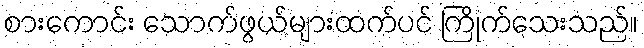
စားကောင်း သောက်ဖွယ်များထက်ပင် ကြိုက်သေးသည်။